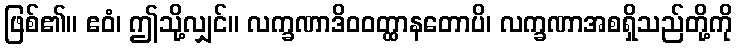
ဖြစ်၏။ ဧဝံ၊ ဤသို့လျှင်။ လက္ခဏာဒိဝဝတ္ထာနတောပိ၊ လက္ခဏာအစရှိသည်တို့ကို